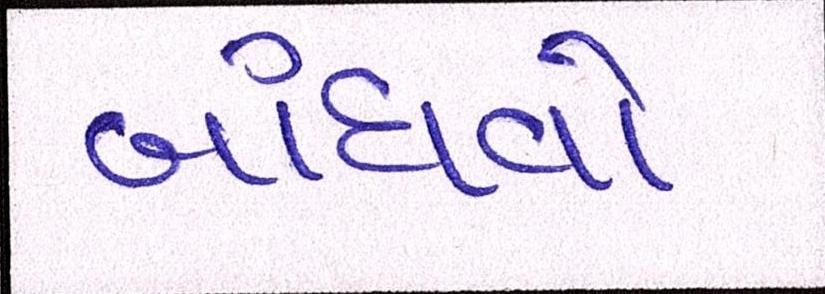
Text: બાંધવો